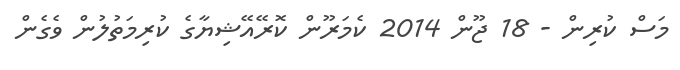
މަސް ކުރިން - 18 ޖޫން 2014 ކެމަރޫން ކޮރޭއޭޝިޔާގެ ކުރިމަތުލުން ވެގެން